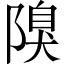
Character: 𨻬